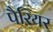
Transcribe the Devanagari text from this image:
पैरियर